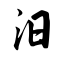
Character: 汨